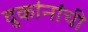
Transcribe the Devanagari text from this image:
दुकांनांची